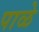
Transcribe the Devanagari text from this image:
पाळे